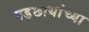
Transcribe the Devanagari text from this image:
पडछायांच्या